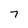
Character: 7